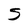
Character: S